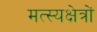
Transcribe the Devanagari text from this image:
मत्स्यक्षेत्रों